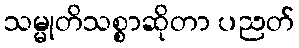
သမ္မုတိသစ္စာဆိုတာ ပညတ်